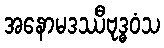
အနောမဒဿီဗုဒ္ဓဝံသ